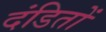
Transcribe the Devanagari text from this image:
दंडितों